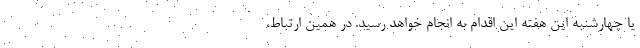
یا چهارشنبه این هفته این اقدام به انجام خواهد رسید. در همین ارتباط،